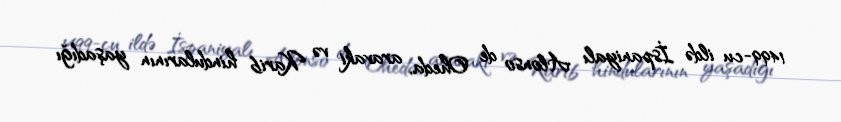
1499-cu ildə İspaniyalı Alonso de Oheda, aravaki və Karib hindularının yaşadığı